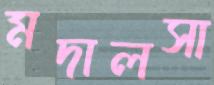
মদালসা